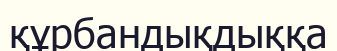
құрбандықдыққа